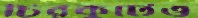
চিরকুটেও